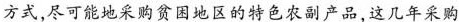
方式，尽可能地采购贫困地区的特色农副产品，这几年采购